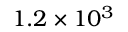
1 . 2 \times 1 0 ^ { 3 }